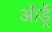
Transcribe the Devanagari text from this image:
ऑर्ड्रे